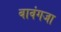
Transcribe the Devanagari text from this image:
बावंगजा